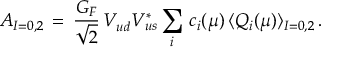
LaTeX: A _ { I = 0 , 2 } \, = \, \frac { G _ { F } } { \sqrt { 2 } } \, V _ { u d } ^ { } V _ { u s } ^ { * } \sum _ { i } \, c _ { i } ( \mu ) \, \langle Q _ { i } ( \mu ) \rangle _ { I = 0 , 2 } \, .